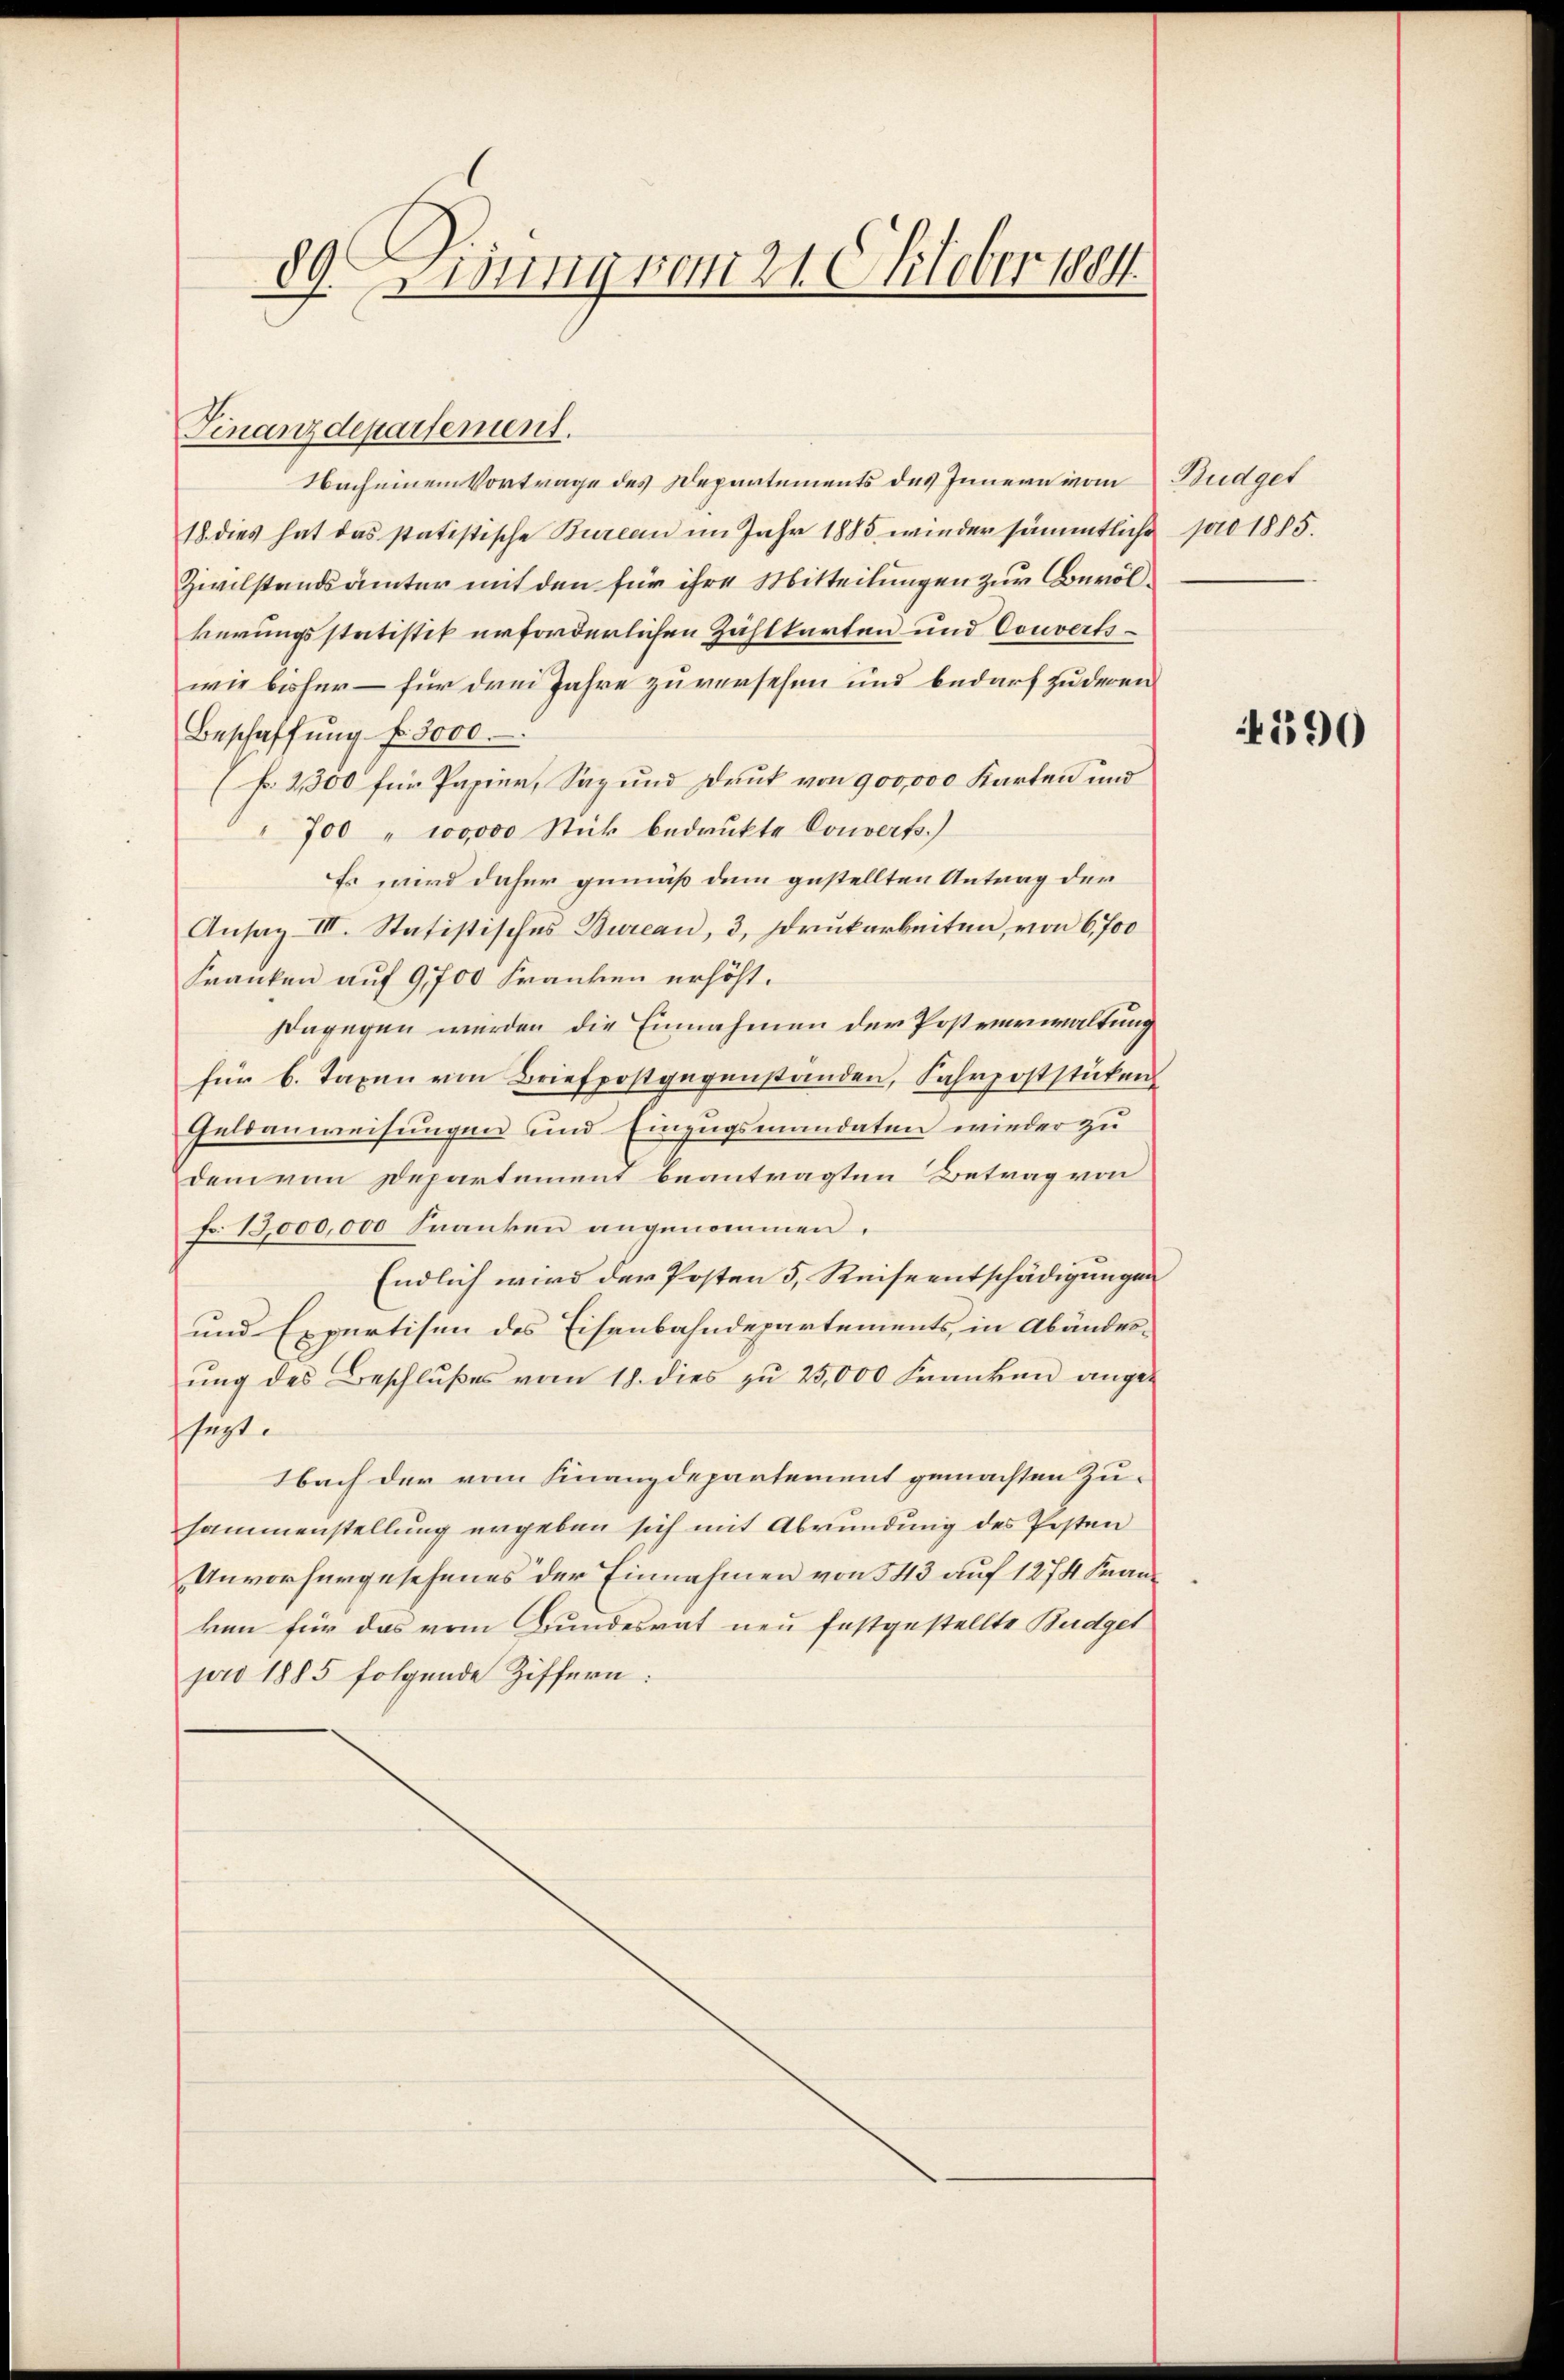
89. Errung vom 21. Oktober 1804.

Nach einem Vortrage des Departements des Innern vom Budget
18. dies hat das statistische Bureau im Jahr 1885 wieder sämmtliche
Zivilstandsämter mit den für ihre Mitteilungen zur Bevölkerungsstatistik erforderlichen Zahlkarten und Convertswie bisher – für drei Jahre zu versehen und bedarf zu deren
Beschaffŭng f. 3000.
(N. 2300 für Papier, Sax und Druk von 900,000 Karten und
700 " 100000 Stück bedrukte Couverts.)
Es wird daher gemäß dem gestellten Antrag der
Ansatz III. Statistisches Bureau, 3, Druckarbeiten, von 6, 700
Franken auf 9,700 Franken erhöht.
Dagegen werden die Einnahmen der Postverwaltung
für 6. Taxen von Briefpostgegenständen, Fahrpoststücken
Geldanweisungen und Einzugsmandaten wieder zu
dem vom Departement beantragten Betrag von
Fr. 12,000,000 Franken angenommen.
Endlich wird der Posten 5, Reiseentschädigungen
und Expertisen des Eisenbahndepartements, in Abänder-
ŭng des Beschlŭβes vom 18. dies zŭ 25,000 Franken ange-
sept.
Nach der vom Finanzdepartement gemachten Zusammenstellung ergeben sich mit Abrundung des Posten
Unvorhergesehenes der Einnahmen von 343 auf 1274 Kanken für das vom Bundesrat neu festgestellte Budget
pro 1885 folgende Ziffern:

Finanzdepartement.

pro 1885.

590